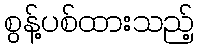
စွန့်ပစ်ထားသည့်